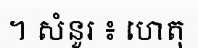
។ សំនួរ ៖ ហេតុ